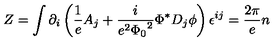
Z = \int \partial _ { i } \left( \frac { 1 } { e } A _ { j } + \frac { i } { e ^ { 2 } { \Phi _ { 0 } } ^ { 2 } } { \Phi } ^ { * } D _ { j } \phi \right) \epsilon ^ { i j } = \frac { 2 \pi } { e } n